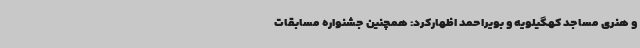
و هنری مساجد کهگیلویه و بویراحمد اظهارکرد: همچنین جشنواره مسابقات